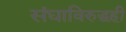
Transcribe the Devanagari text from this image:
संघाविरुद्धही